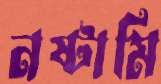
নষ্টামি